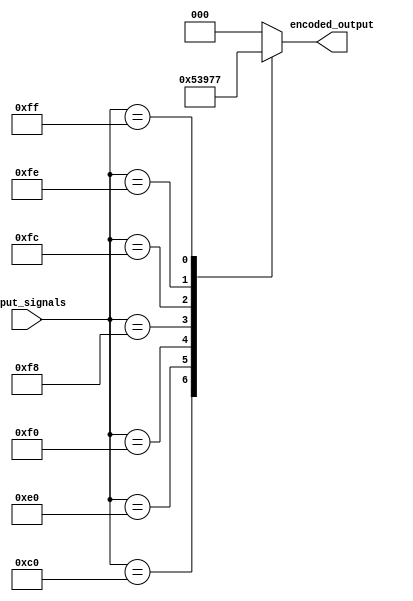
module priority_encoder (
    input [7:0] input_signals,
    output reg [2:0] encoded_output
);

always @* begin
    case(input_signals)
        8'b10000000: encoded_output = 3'b000;
        8'b11000000: encoded_output = 3'b001;
        8'b11100000: encoded_output = 3'b010;
        8'b11110000: encoded_output = 3'b011;
        8'b11111000: encoded_output = 3'b100;
        8'b11111100: encoded_output = 3'b101;
        8'b11111110: encoded_output = 3'b110;
        8'b11111111: encoded_output = 3'b111;
        default: encoded_output = 3'b000; // Default priority
    endcase
end

endmodule